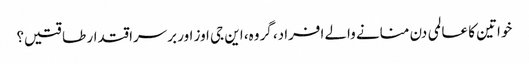
خواتین کا عالمی دن منانے والے افراد، گروہ، این جی اوز اور برسراقتدار طاقتیں؟